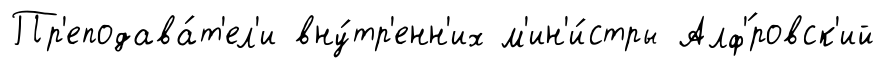
Пр'еподава́т'ел'и вну́тр'енн'их м'ин'и́стры Алф'́ровск'ий